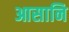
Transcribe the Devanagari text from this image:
आसानि